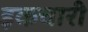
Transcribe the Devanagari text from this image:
इकचारी